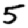
Digit: 5